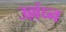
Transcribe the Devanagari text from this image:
उल्लंघ्न